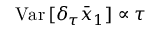
\mathrm { V a r } \, [ \delta _ { \tau } \bar { x } _ { 1 } ] \propto \tau